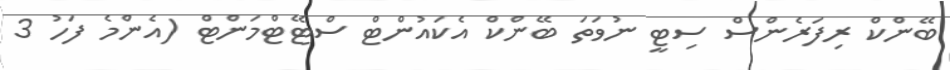
ބޭންކް ރިފަރެންސް ސިޓީ ނުވަތަ ބޭންކް އެކައުންޓް ސްޓޭޓްމަންޓް (އެންމެ ފަހު 3